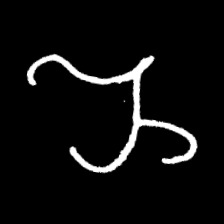
Pyu character \u2014 Myanmar letter: ည (romanized: nya)